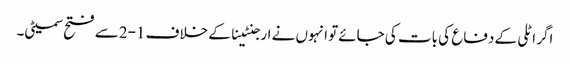
اگر اٹلی کے دفاع کی بات کی جائےتو انہوں نے ارجنٹینا کے خلاف 1-2سے فتح سمیٹی۔